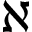
\aleph